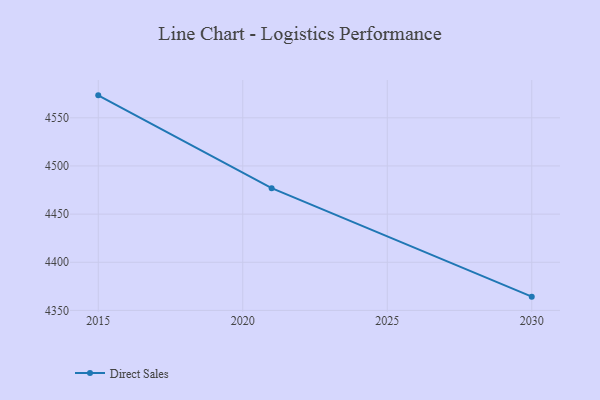
{"axis": {"x": "Year", "y": "Demand Index"}, "legend": ["Direct Sales"], "data": [{"x": "2015", "y": 4573.3, "type": "Direct Sales"}, {"x": "2021", "y": 4476.9, "type": "Direct Sales"}, {"x": "2030", "y": 4364.3, "type": "Direct Sales"}]}